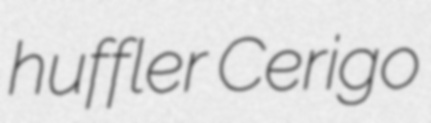
huffler Cerigo